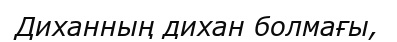
Диханның дихан болмағы,